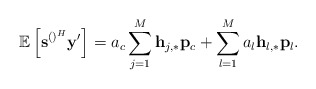
\begin{align*} \mathbb{E}\left[\mathbf{s}^{\left(\right)^H}\mathbf{y}'\right]=a_c\sum_{j=1}^{M}\mathbf{h}_{j,*}\mathbf{p}_c+\sum_{l=1}^M a_l \mathbf{h}_{l,*}\mathbf{p}_l.\end{align*}